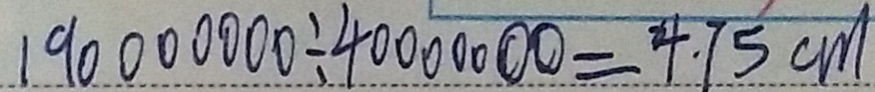
1 9 0 0 0 0 0 0 0 \div 4 0 0 0 0 0 0 0 = 4 . 7 5 c m